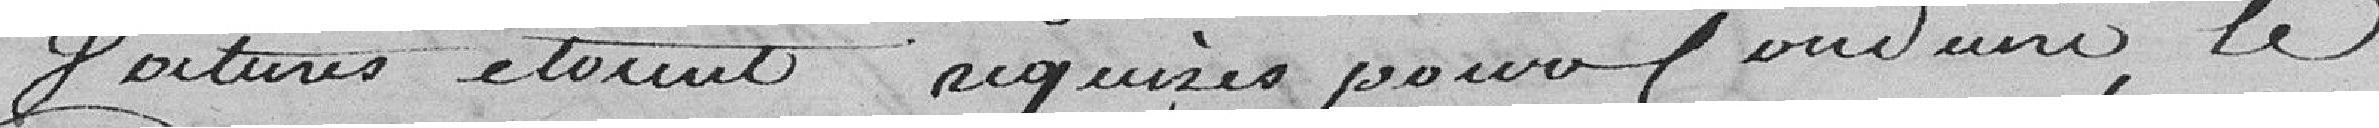
voitures étaient requises pour conduire le